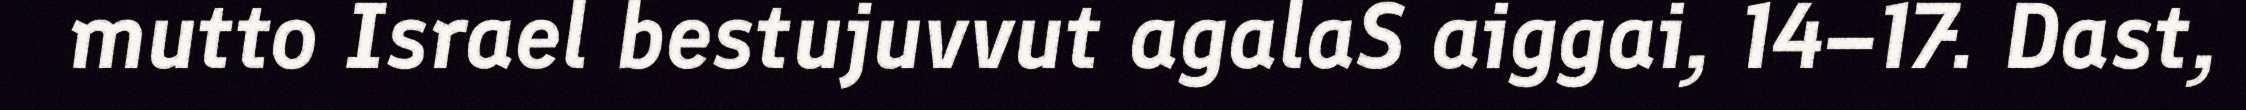
mutto Israel bestujuvvut agalaS aiggai, 14–17. Dast,